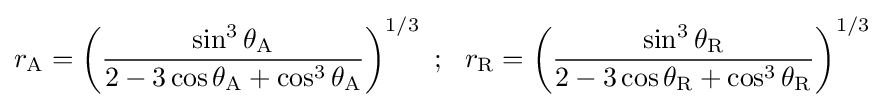
r_{\mathrm {A} }=\left({\frac {\sin ^{3}{\theta _{\mathrm {A} }}}{2-3\cos {\theta _{\mathrm {A} }}+\cos ^{3}{\theta _{\mathrm {A} }}}}\right)^{1/3}~;~~r_{\mathrm {R} }=\left({\frac {\sin ^{3}{\theta _{\mathrm {R} }}}{2-3\cos {\theta _{\mathrm {R} }}+\cos ^{3}{\theta _{\mathrm {R} }}}}\right)^{1/3}